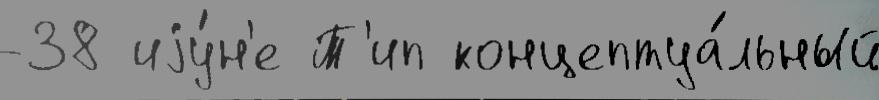
-38 иjу́н'е Т'ип концептуа́льный